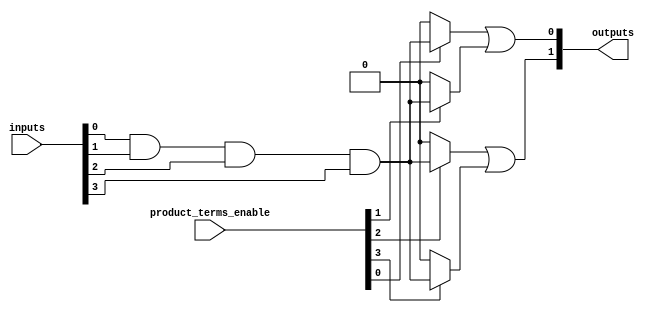
module CLB (
    input wire [N-1:0] inputs,    // Input lines (N inputs)
    input wire [M-1:0] product_terms_enable, // Enable signals for product terms (M AND gates)
    output wire [P-1:0] outputs    // Output lines (P outputs)
);

// Parameters
parameter N = 4; // Number of input lines
parameter M = 4; // Number of product terms (AND gates)
parameter P = 2; // Number of output lines

// Internal signals for product terms
wire [M-1:0] product_terms;

// AND gates (Programmable Logic Array)
genvar i;
generate
    for (i = 0; i < M; i = i + 1) begin : and_gates
        assign product_terms[i] = product_terms_enable[i] ? (inputs[0] & inputs[1] & inputs[2] & inputs[3]) : 1'b0; // Example: AND of all inputs
    end
endgenerate

// OR gates to combine product terms into outputs
assign outputs[0] = product_terms[0] | product_terms[1]; // Example: OR of first two product terms
assign outputs[1] = product_terms[2] | product_terms[3]; // Example: OR of last two product terms

endmodule